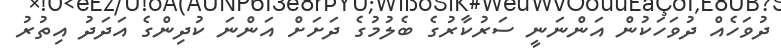
ދުވަހެއް ދުވަހަކުން އަންނަނީ ސަރުކާރުގެ ބެލުމުގެ ދަށަށް އަންނަ ކުދިންގެ އަދަދު އިތުރު